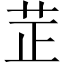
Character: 𦭒